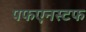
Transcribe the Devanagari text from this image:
पफएनस्टफ